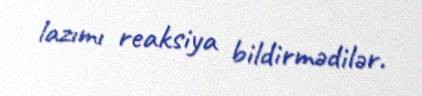
lazımı reaksiya bildirmədilər.